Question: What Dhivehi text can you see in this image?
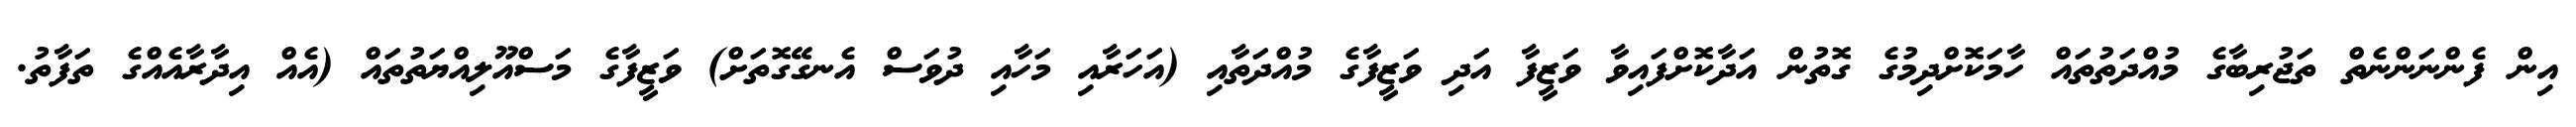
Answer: އިން ފެންނަންނެތް ތަޖުރިބާގެ މުއްދަތުތައް ހާމަކޮށްދިމުގެ ގޮތުން އަދާކޮށްފައިވާ ވަޒީފާ އަދި ވަޒީފާގެ މުއްދަތާއި (އަހަރާއި މަހާއި ދުވަސް އެނގޭގޮތަށް) ވަޒީފާގެ މަސްއޫލިއްޔަތުތައް (އެއް އިދާރާއެއްގެ ތަފާތު.